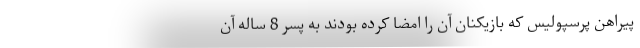
پیراهن پرسپولیس که بازیکنان آن را امضا کرده بودند به پسر 8 ساله آن